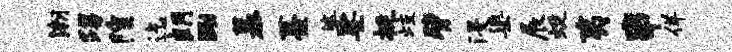
潮踢隍迄朗黝慕薹婆娑挺歧臂浸渠展蜓夷串佯